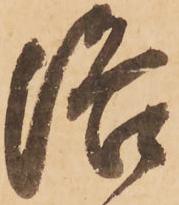
洛